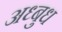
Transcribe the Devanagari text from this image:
अध्बुध